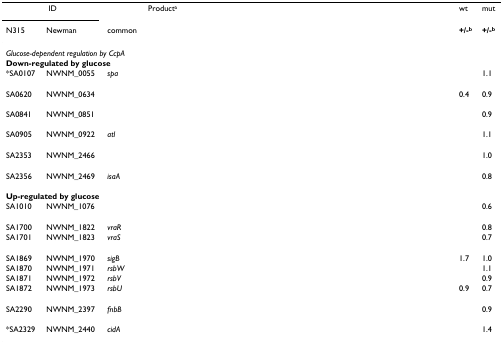
<table><thead><tr><td colspan="2"><b>ID</b></td><td>[EMPTY_CELL]</td><td><b>Product<sup>a</sup></b></td><td><b>wt</b></td><td><b>mut</b></td></tr><tr><td><b>N315</b></td><td><b>Newman</b></td><td><b>common</b></td><td>[EMPTY_CELL]</td><td><b>+/-<sup>b</sup></b></td><td><b>+/-<sup>b</sup></b></td></tr></thead><tbody><tr><td colspan="6"><i>Glucose-dependent regulation by CcpA</i></td></tr><tr><td colspan="6"><b>Down-regulated by glucose</b></td></tr><tr><td>*SA0107</td><td>NWNM_0055</td><td><i>spa</i></td><td>[EMPTY_CELL]</td><td>[EMPTY_CELL]</td><td>1.1</td></tr><tr><td>SA0620</td><td>NWNM_0634</td><td>[EMPTY_CELL]</td><td>[EMPTY_CELL]</td><td>0.4</td><td>0.9</td></tr><tr><td>SA0841</td><td>NWNM_0851</td><td>[EMPTY_CELL]</td><td>[EMPTY_CELL]</td><td>[EMPTY_CELL]</td><td>0.9</td></tr><tr><td>SA0905</td><td>NWNM_0922</td><td><i>atl</i></td><td>[EMPTY_CELL]</td><td>[EMPTY_CELL]</td><td>1.1</td></tr><tr><td>SA2353</td><td>NWNM_2466</td><td>[EMPTY_CELL]</td><td>[EMPTY_CELL]</td><td>[EMPTY_CELL]</td><td>1.0</td></tr><tr><td>SA2356</td><td>NWNM_2469</td><td><i>isaA</i></td><td>[EMPTY_CELL]</td><td>[EMPTY_CELL]</td><td>0.8</td></tr><tr><td colspan="6"><b>Up-regulated by glucose</b></td></tr><tr><td>SA1010</td><td>NWNM_1076</td><td>[EMPTY_CELL]</td><td>[EMPTY_CELL]</td><td>[EMPTY_CELL]</td><td>0.6</td></tr><tr><td>SA1700</td><td>NWNM_1822</td><td><i>vraR</i></td><td>[EMPTY_CELL]</td><td>[EMPTY_CELL]</td><td>0.8</td></tr><tr><td>SA1701</td><td>NWNM_1823</td><td><i>vraS</i></td><td>[EMPTY_CELL]</td><td>[EMPTY_CELL]</td><td>0.7</td></tr><tr><td>SA1869</td><td>NWNM_1970</td><td><i>sigB</i></td><td>[EMPTY_CELL]</td><td>1.7</td><td>1.0</td></tr><tr><td>SA1870</td><td>NWNM_1971</td><td><i>rsbW</i></td><td>[EMPTY_CELL]</td><td>[EMPTY_CELL]</td><td>1.1</td></tr><tr><td>SA1871</td><td>NWNM_1972</td><td><i>rsbV</i></td><td>[EMPTY_CELL]</td><td>[EMPTY_CELL]</td><td>0.9</td></tr><tr><td>SA1872</td><td>NWNM_1973</td><td><i>rsbU</i></td><td>[EMPTY_CELL]</td><td>0.9</td><td>0.7</td></tr><tr><td>SA2290</td><td>NWNM_2397</td><td><i>fnbB</i></td><td>[EMPTY_CELL]</td><td>[EMPTY_CELL]</td><td>0.9</td></tr><tr><td>*SA2329</td><td>NWNM_2440</td><td><i>cidA</i></td><td>[EMPTY_CELL]</td><td>[EMPTY_CELL]</td><td>1.4</td></tr></tbody></table>